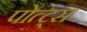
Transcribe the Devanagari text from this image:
पोत्ट्स